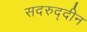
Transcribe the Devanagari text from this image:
सदरुद्दीन